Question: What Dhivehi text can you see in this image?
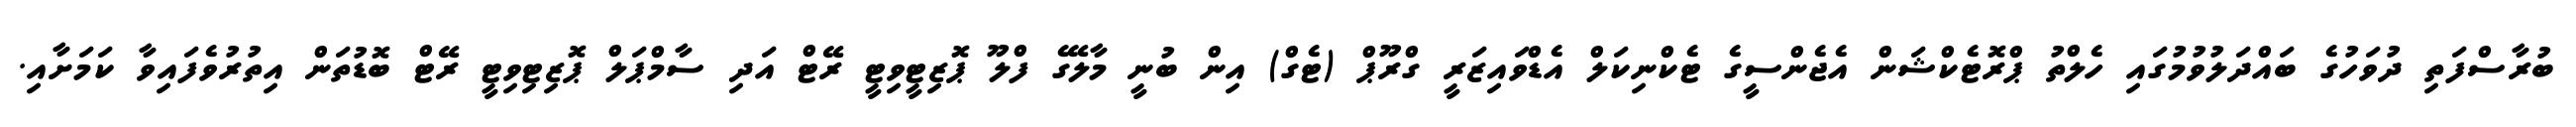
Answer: ބުރާސްފަތި ދުވަހުގެ ބައްދަލުވުމުގައި ހެލްތު ޕްރޮޓެކްޝަން އެޖެންސީގެ ޓެކްނިކަލް އެޑްވައިޒަރީ ގްރޫޕް (ޓެގް) އިން ބުނީ މާލޭގެ ފްލޫ ޕޮޒިޓީވިޓީ ރޭޓް އަދި ސާމްޕަލް ޕޮޒިޓިވިޓީ ރޭޓް ބޮޑުތަން އިތުރުވެފައިވާ ކަމަށާއި.